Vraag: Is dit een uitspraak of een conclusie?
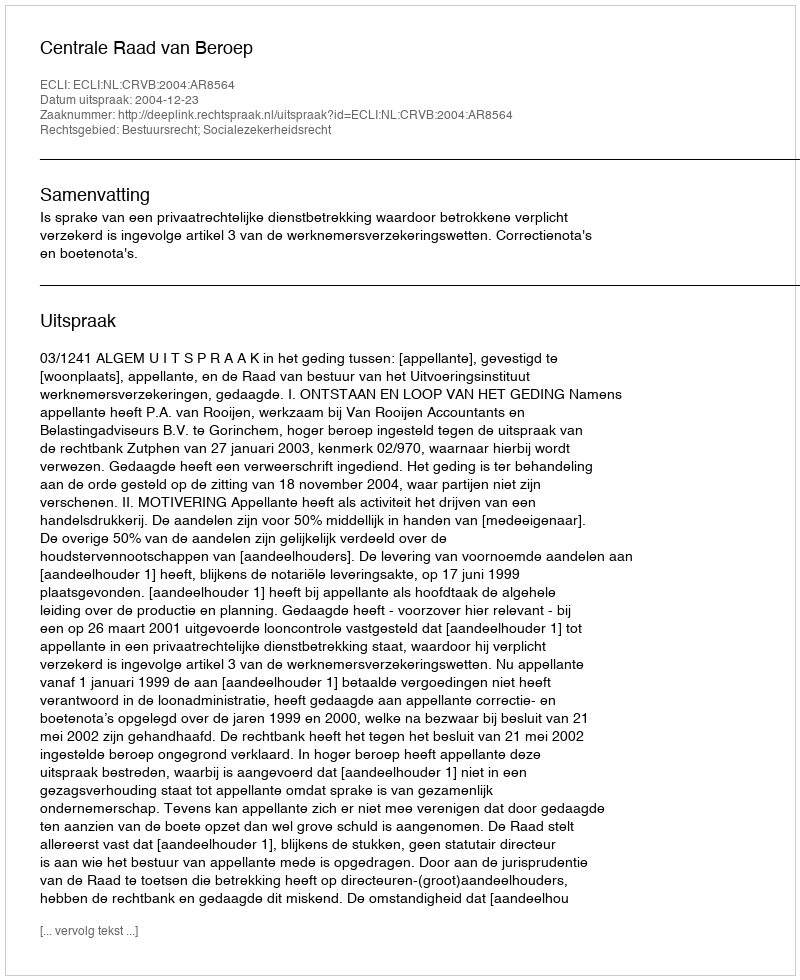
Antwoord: Uitspraak